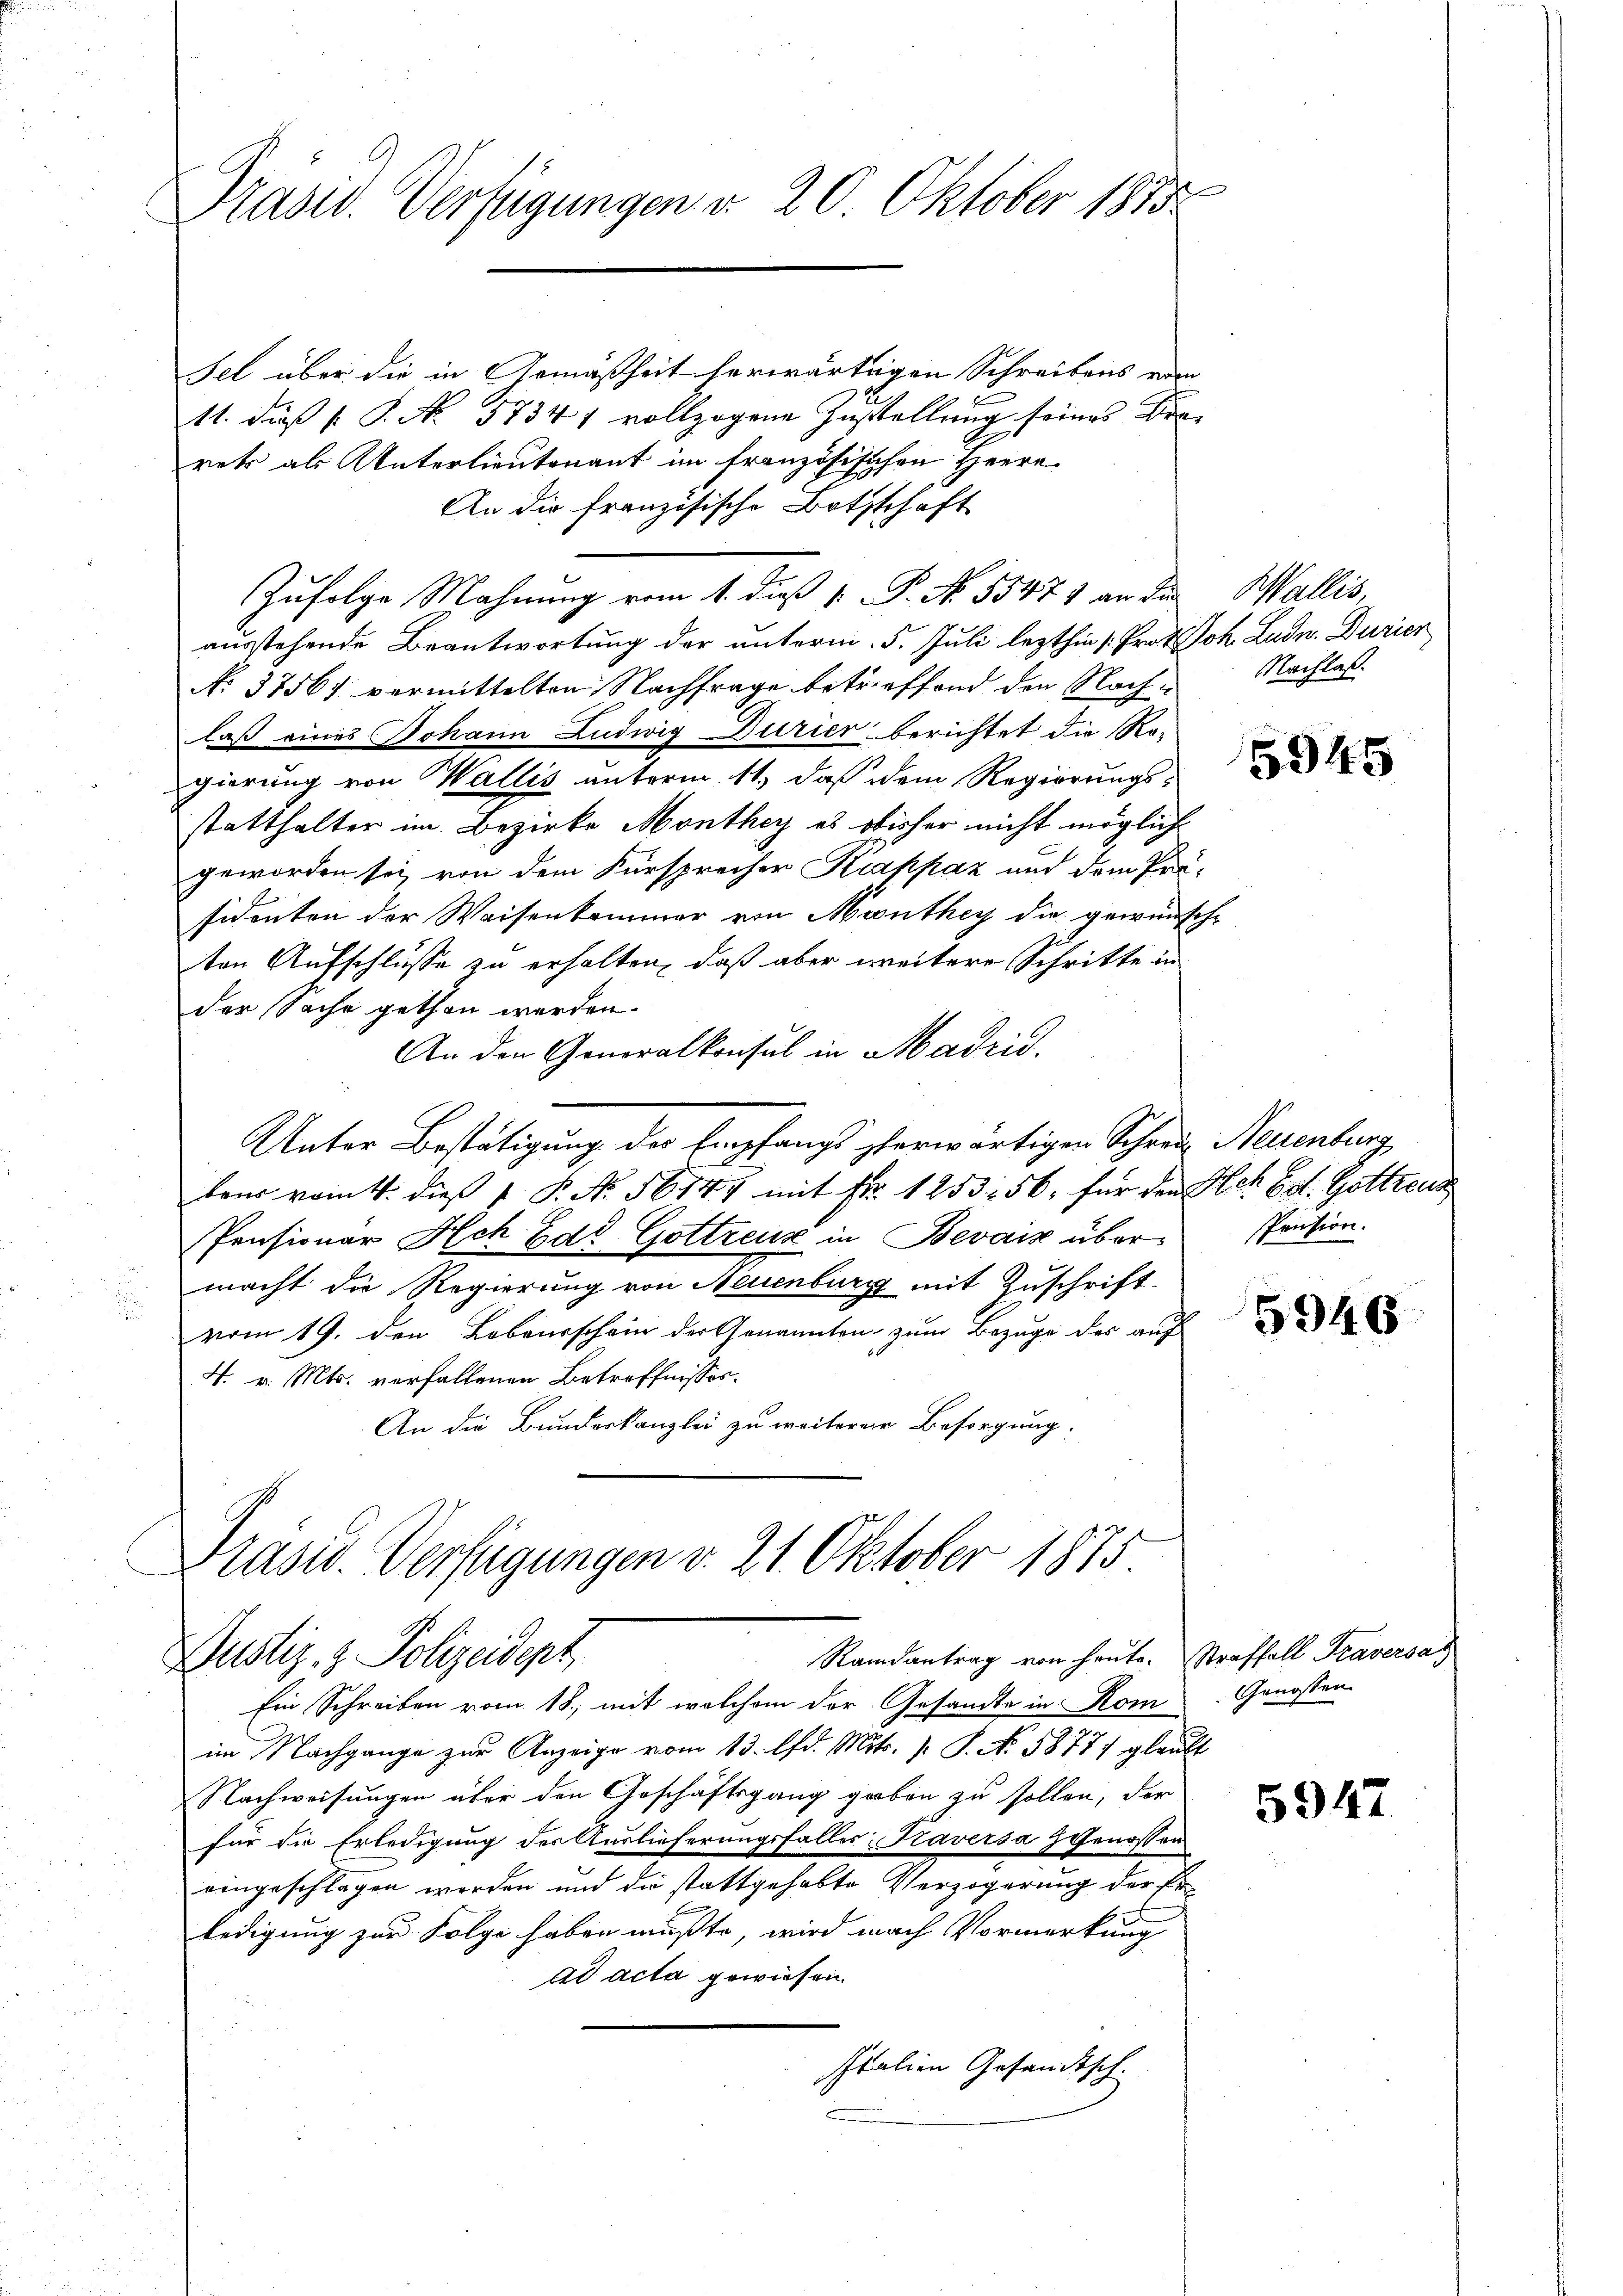
Präsid. Verfügungen d. 20. Oktober 1815

Fel über die in Gemäßheit herwärtigen Schreibens ein
11. daß P. P. No. 57341 vollzogene Zustellung seines Frarer als Unterlieutenant im französischen Herrn
An die französische Bothschaft
Zufolge Mahnung vom 1. dieß v. P. No. 53471 an die Wallis,
ausstehende Beantwortung der unterm 5. Juli lezthin [Prot. Joh. Ludn. Durier
No 37567 vermittelten Nachfrage betreffend den Nachlaß eines Johann Ludwig Durier berichtet die Re-
gierung von Wallis unterm 11. daß dem Regierungs-
statthalter im Bezirke Monthey es obisher nicht möglich
geworden sei, von dem Fürsprecher Krappaz und dem Prä-
sidenten der Waisenkommer von Monthey die gewünsch
ten Aufschlüsse zu erhalten, daß aber weitere Schritte in
der Sache gethan werden.
An den Generalkonsul in Madrid.
Unter Bestätigung des Empfangs herwärtigen Schreiz Neuenburg
bair vom 4. dieß 1 P. Nr. 56147 mit Fr. 1253: 56, für den Hoh Ed. Gottreus
Pensionar Ach Ed. Gottreux in Bevaiz über
macht die Regierung von Neuenburg mit Zuschrift
vom 19. den Lobaurschein der Genannten zum Bezuge des auf
V. v. Mts. verfallenen Betreffnisses.
An die Bunderkanzlei zu weiterer Besorgung:
Präsid. Verfügungen v. 21. Oktober 1875
Randantrag von heute. Straffall Traversa
Justiz- & Polizeident
Ein Schreiben vom 18., mit welchem der Gesandte in Kom
im Nachgange zŭr Anzeige vom 13. lfd. Mts. /: P. No. 5877) glaubt
Nachweisungen über den Geschäftsgang gaben zu sollen, der
für die Erledigung der Auslieferungsfalles Kaversa Genossen
eingeschlagen worden und die stattgehabte Verzögerung der Erledigung zur Folge haben mußte, wird nach Vormerkung
ad acta gewiesen.
Italien Gesandtsch.

Nachlaß.

5945

spension.

5946

Genossen.

5947